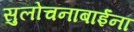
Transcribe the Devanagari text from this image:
सुलोचनाबाईंना